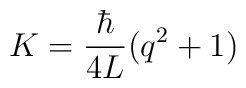
K = \frac{\hbar}{4L} (q^2+1)